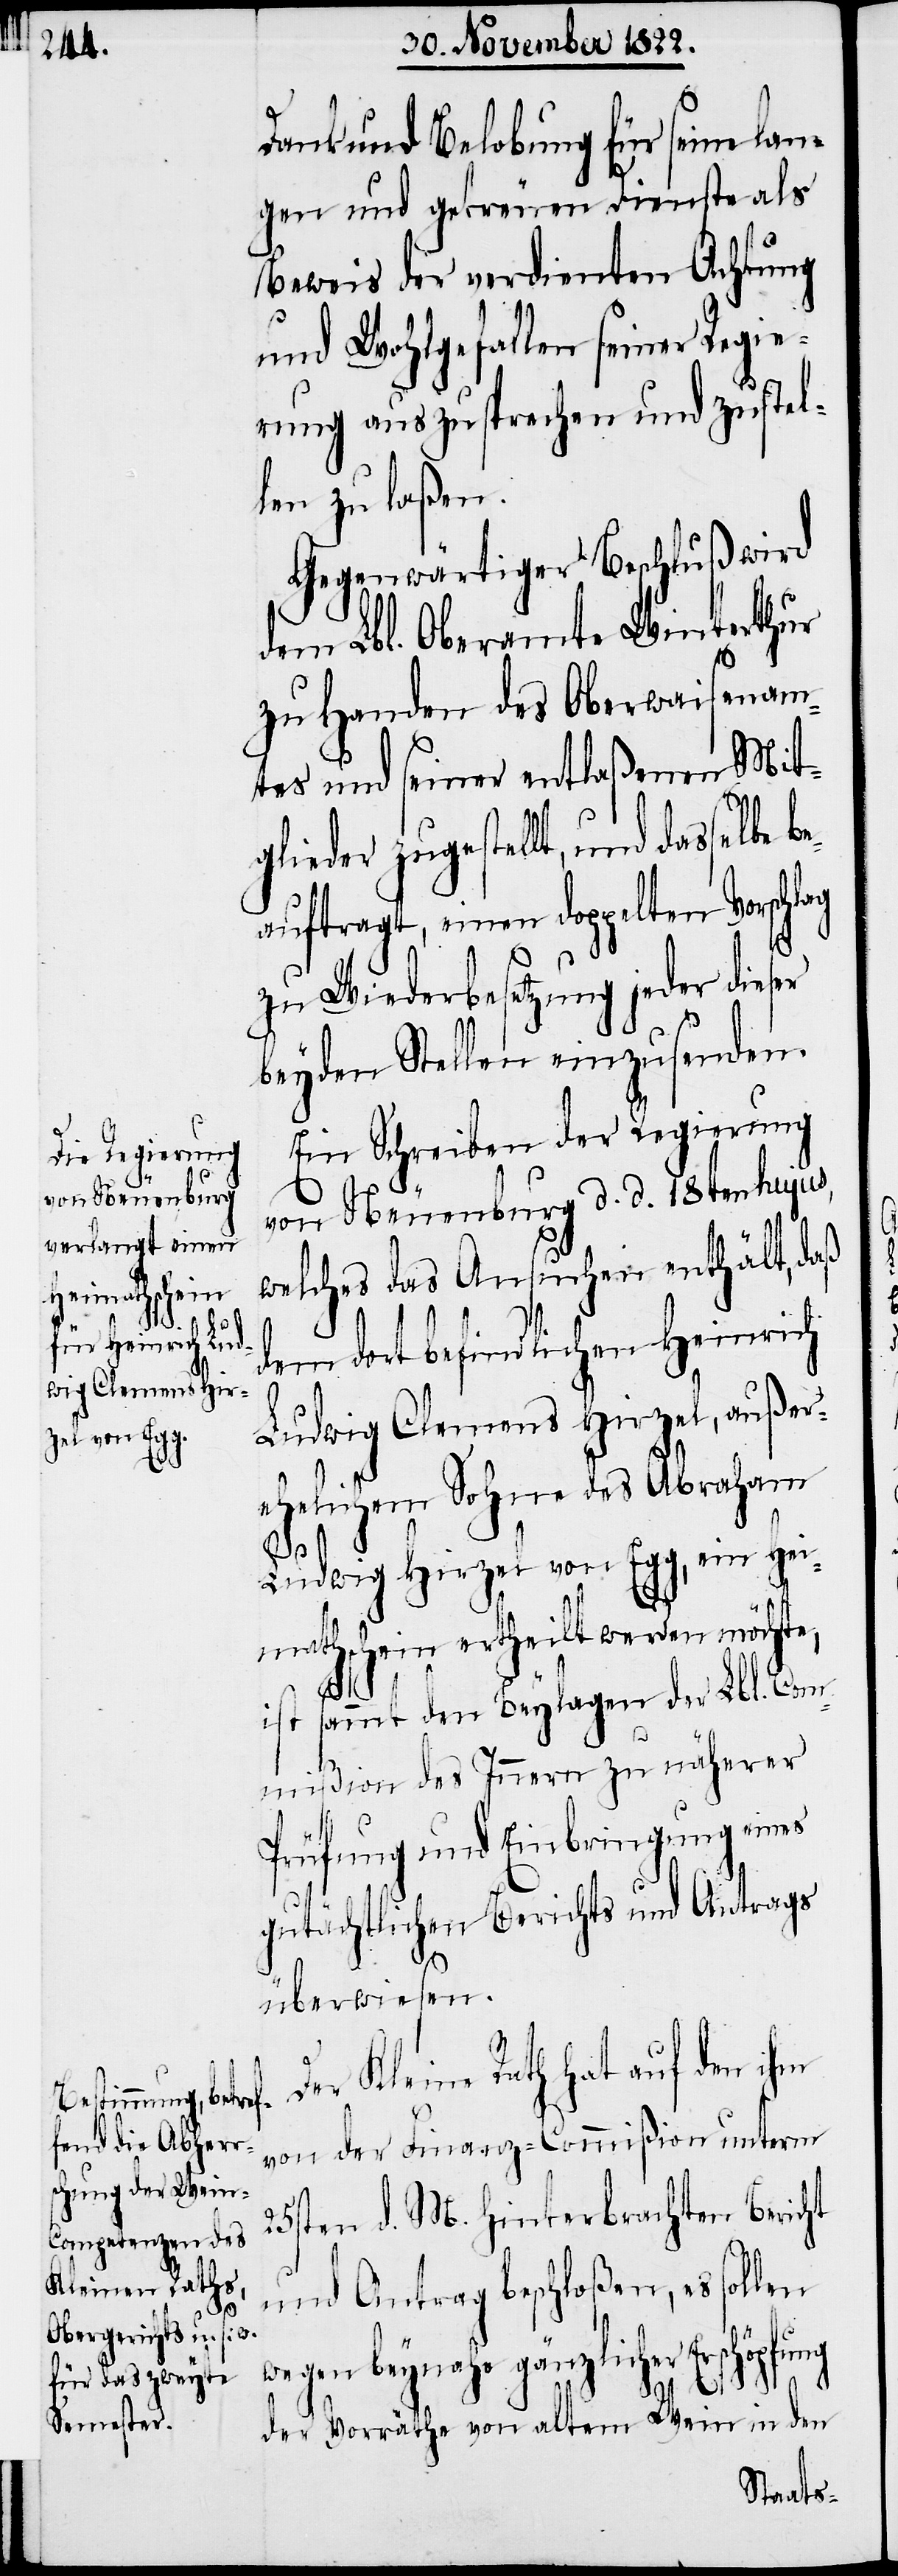
Dank und Belobung für seine lan¬
gen und getreuen Dienste als
Beweis der verdienten Achtung
und Wohlgefallen seiner Regie¬
rung auszusprechen und zustel¬
len zu laßen.
Gegenwärtiger Beschluß wird
dem Lbl. Oberamte Winterthur
zu Handen des Oberwaisenam¬
tes und seiner entlaßenen Mit¬
glieder zugestellt, und dasselbe
auftragt, einen doppelten Vorschl¬
zu Wiederbesetzung jeder dieser
beyden Stellen einzusenden.
Ein Schreiben der Regierung
von Neuenburg d. d. 18ten hujus,
welches das Ansuchen enthält, daß
dem dort befindlichen Heinrich
Ludwig Clemens Hirzel, außer¬
ehelichem Sohne des Abraham
be¬
Ludwig Hirzel von Egg, ein Hei¬
mathschein ertheilt werden möchte,
ist sammt den Beylagen der Lbl. Com¬
mißion des Innern zu näherer
Prüfung und Einbringung eines
gutächtlichen Berichts und Antrags
überwiesen.
ag